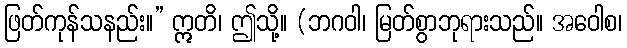
ဖြတ်ကုန်သနည်း။” ဣတိ၊ ဤသို့။ (ဘဂဝါ၊ မြတ်စွာဘုရားသည်။ အဝေါစ၊